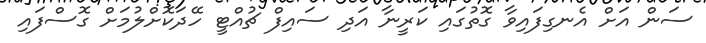
ސަން އަށް އެނގިފައިވާ ގޮތުގައި ކަރީނާ އަދި ސައިފް ޗުއްޓީ ހޭދަކޮށްލުމަށް ގޮސްފައި